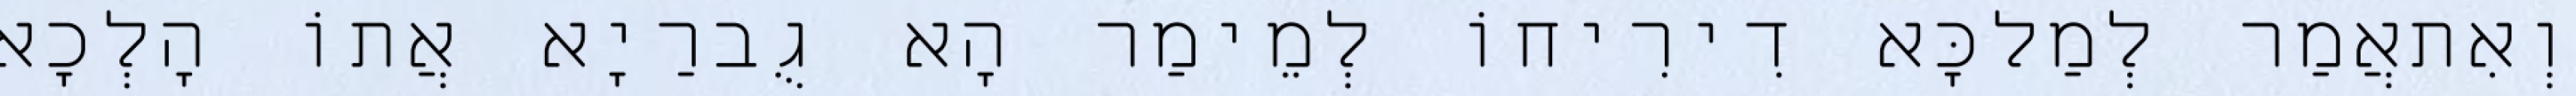
וְאִתאֲמַר לְמַלכָּא דִירִיחוֹ לְמֵימַר הָא גֻברַיָא אֲתוֹ הָלְכָא